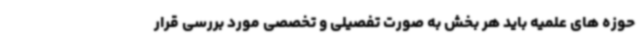
حوزه های علمیه باید هر بخش به صورت تفصیلی و تخصصی مورد بررسی قرار